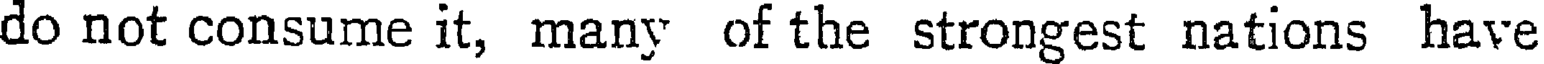
do not consume it, many of the strongest nations have